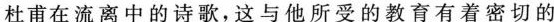
杜甫在流离中的诗歌，这与他所受的教育有着密切的